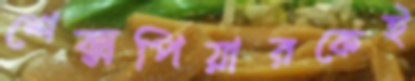
শেক্সপিয়ারকেই